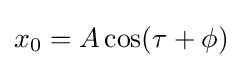
x_{0}=A\cos(\tau +\phi )